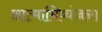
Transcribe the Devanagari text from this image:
आत्‍माभिव्‍यंजना